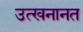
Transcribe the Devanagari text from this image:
उत्खनानत